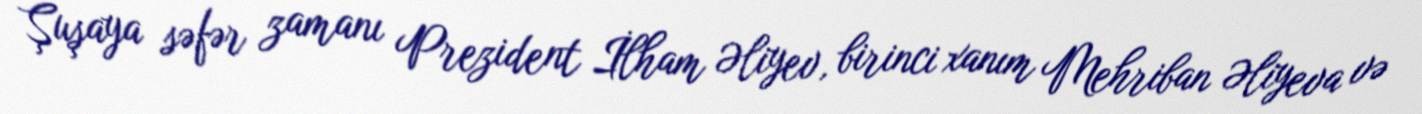
Şuşaya səfər zamanı Prezident İlham Əliyev, birinci xanım Mehriban Əliyeva və